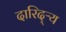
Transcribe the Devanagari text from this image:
दारिद्‌ऱ्य